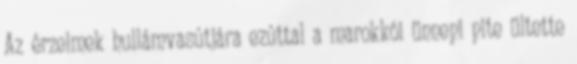
Az érzelmek hullámvasútjára ezúttal a marokkói ünnepi pite ültette